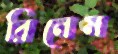
রিনেম